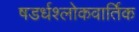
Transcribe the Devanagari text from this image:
षडर्धश्लोकवार्तिक